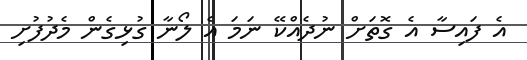
އެ ފައިސާ އެ ގޮތަށް ނުދެއްކޭ ނަމަ އެ ލޯނާ ގުޅިގެން މެދުފުށި